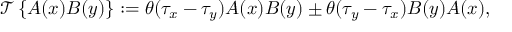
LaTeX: { \mathcal { T } } \left\{ A ( x ) B ( y ) \right\} : = \theta ( \tau _ { x } - \tau _ { y } ) A ( x ) B ( y ) \pm \theta ( \tau _ { y } - \tau _ { x } ) B ( y ) A ( x ) ,